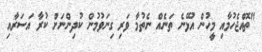
"ތޮއްޖެހުމާއި މީހުން އުޅޭނެ ތަނެއް ނެތުމާ ވަރި ގިނަވުމުން ކުދިންނަށް ކުރާ އަސަރާއި